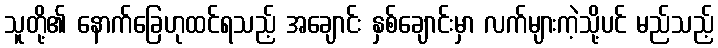
သူတို့၏ နောက်ခြေဟုထင်ရသည့် အချောင်း နှစ်ချောင်းမှာ လက်များကဲ့သို့ပင် မည်သည့်